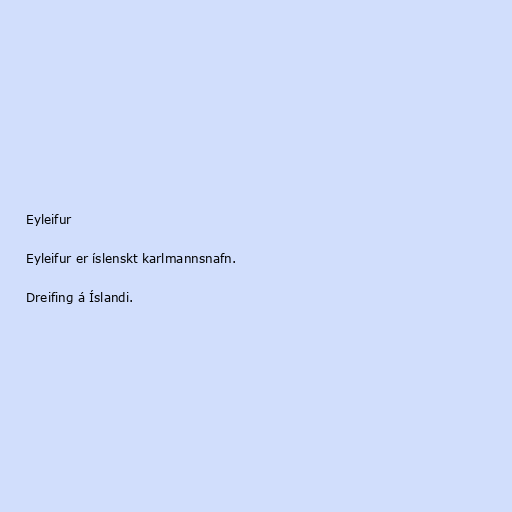
Eyleifur

Eyleifur er íslenskt karlmannsnafn.

Dreifing á Íslandi.